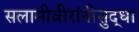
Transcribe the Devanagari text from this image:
सलामीवीरांनीसुद्धा